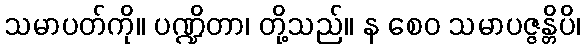
သမာပတ်ကို။ ပဏ္ဍိတာ၊ တို့သည်။ န စေဝ သမာပဇ္ဇန္တိပိ၊